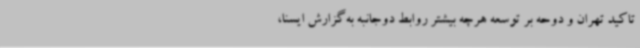
تاکید تهران و دوحه بر توسعه هرچه بیشتر روابط دوجانبه به‌گزارش ایسنا،